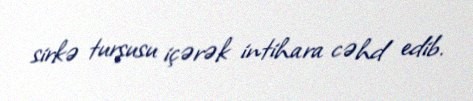
sirkə turşusu içərək intihara cəhd edib.